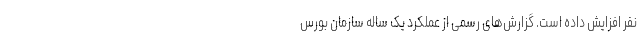
نفر افزایش داده است. گزارش‌های رسمی از عملکرد یک ساله سازمان بورس